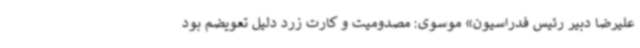
علیرضا دبیر رئیس فدراسیون» موسوی: مصدومیت و کارت زرد دلیل تعویضم بود